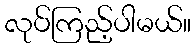
လုပ်ကြည့်ပါမယ်။